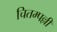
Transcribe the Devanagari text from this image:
चितम्पल्ली